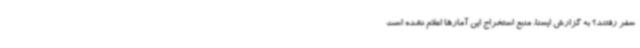
سفر رفتند؟ به گزارش ایسنا، منبع استخراج این آمارها اعلام نشده است